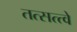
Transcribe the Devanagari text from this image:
तत्सत्त्वे